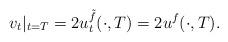
LaTeX: \begin{align*}v_t|_{t=T}=2u_t^{\tilde f}(\cdot ,T)=2u^f(\cdot ,T).\end{align*}